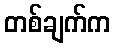
တစ်ချက်က